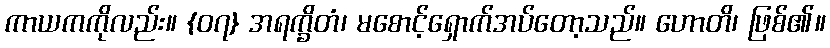
ကာယကကိုလည်း။ {၀၇} အရက္ခိတံ၊ မစောင့်ရှောက်အပ်တော့သည်။ ဟောတိ၊ ဖြစ်၏။